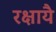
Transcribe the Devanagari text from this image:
रक्षायै